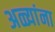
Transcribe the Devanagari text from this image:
अळ्यांना